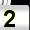
Digit: 2